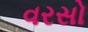
વરસો